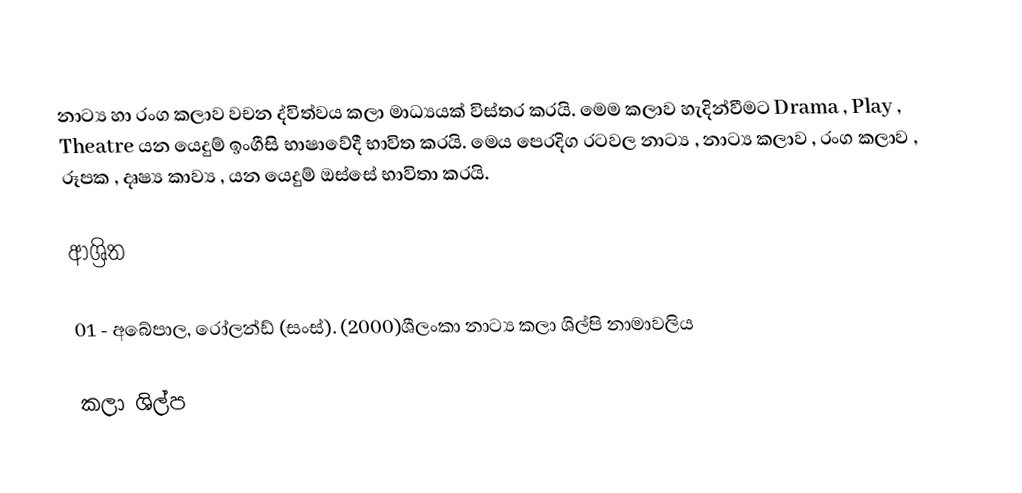
නාට්‍ය හා රංග කලාව  වචන ද්විත්වය කලා මාධ්‍යයක් විස්තර කරයි. මෙම කලාව හැදින්වීමට Drama , Play , Theatre යන යෙදුම් ඉංගීසි භාෂාවේදී භාවිත කරයි. මෙය පෙරදිග රටවල නාට්‍ය , නාට්‍ය කලාව , රංග කලාව , රූපක , දෘෂ්‍ය කාව්‍ය , යන යෙදුම් ඔස්සේ භාවිතා කරයි.

ආශ්‍රිත

01 - අබේපාල, රෝලන්ඩ් (සංස්). (2000)ශීලංකා නාට්‍ය කලා ශිල්පි නාමාවලිය

කලා ශිල්ප